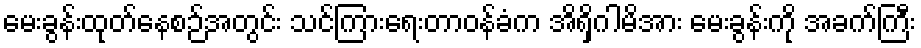
မေးခွန်းထုတ်နေစဉ်အတွင်း သင်ကြားရေးတာဝန်ခံက အိရှိဂါမိအား မေးခွန်းကို အခက်ကြီး